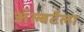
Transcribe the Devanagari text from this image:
ॲल्बर्टला